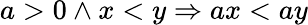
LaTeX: a>0\land x<y\Rightarrow ax<ay